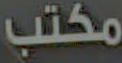
مكتب